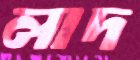
লাদ